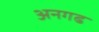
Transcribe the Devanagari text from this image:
अनगढ